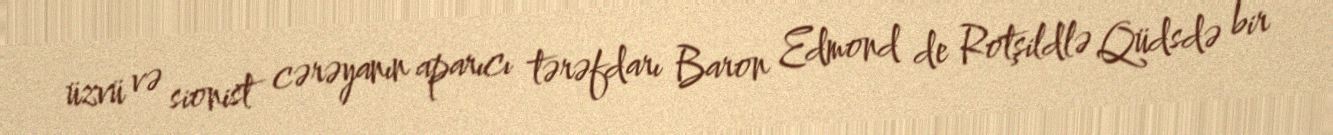
üzvü və sionist cərəyanın aparıcı tərəfdarı Baron Edmond de Rotşildlə Qüdsdə bir